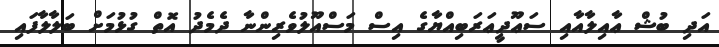
އަދި ބުޝް ޢާއިލާއާއި ސަޢޫދީޢަރަބިއްޔާގެ އިސް މަސްއޫލުވެރިންނާ ދެމެދު އޮތް ގުޅުމަށް ބަލާލާފައި